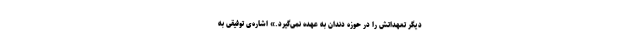
دیگر تعهداتش را در حوزه دندان به عهده نمی‌گیرد.» اشاره‌ی توفیقی به